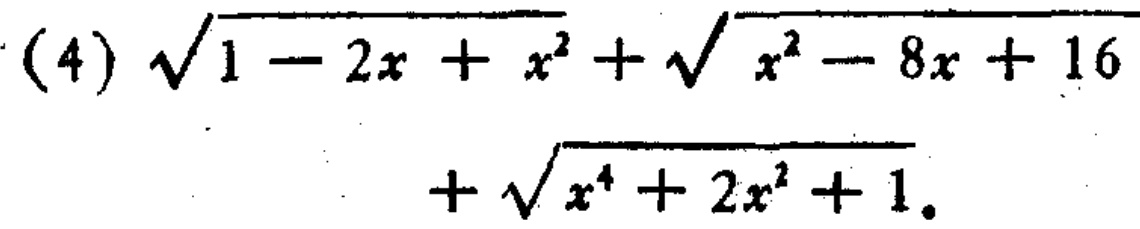
\(\sqrt{1 - 2x + x^{2}}+\sqrt{x^{2}-8x + 16}+\sqrt{x^{4}+2x^{2}+1}\)